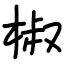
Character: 椒